Scottish Certificate of Education, 1963
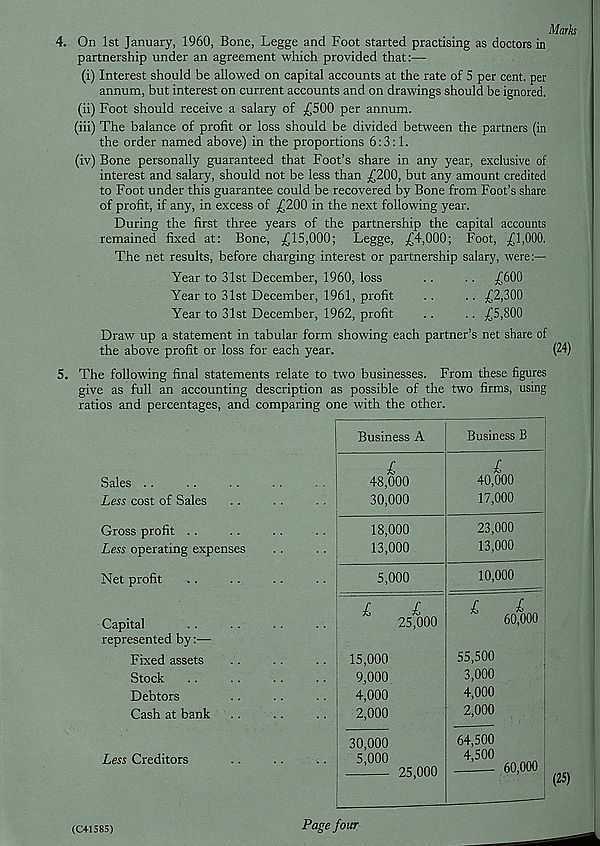
Marks
4. On 1st January, 1960, Bone, Legge and Foot started practising as doctors in
partnership under an agreement which provided that:—
(i) Interest should be allowed on capital accounts at the rate of 5 per cent, per
annum, but interest on current accounts and on drawings should be ignored.
(ii) Foot should receive a salary of ,6500 per annum.
(iii) The balance of profit or loss should be divided between the partners (in
the order named above) in the proportions 6:3:1.
(iv) Bone personally guaranteed that Foot’s share in any year, exclusive of
interest and salary, should not be less than ,£200, but any amount credited
to Foot under this guarantee could be recovered by Bone from Foot’s share
of profit, if any, in excess of ,£200 in the next following year.
During the first three years of the partnership the capital accounts
remained fixed at: Bone, ,£15,000; Legge, £4,000; Foot, £1,000.
The net results, before charging interest or partnership salary, were:—
Year to 31st December, 1960, loss
..
.. £600
Year to 31st December, 1961, profit
. .
.. £2,300
Year to 31st December, 1962, profit
..
.. £5,800
Draw up a statement in tabular form showing each partner’s net share of
the above profit or loss for each year.
(24)
5. The following final statements relate to two businesses. From these figures
give as full an accounting description as possible of the two firms, using
ratios and percentages, and comparing one with the other.
Sales ..
Less cost of Sales
Gross profit ..
Less operating expenses
Net profit
Capital
represented by:—
Fixed assets
Stock
Debtors
Cash at bank
Less Creditors
Business A
£
48,000
30,000
18,000
13,000
5,000
£
£
25,000
15,000
9,000
4,000
2,000
30,000
5,000
25,000
Business B
£
40,000
17,000
23,000
13,000
10,000
£
60,000
55.500
3,000
4,000
2,000
64.500
4,500
60,000
(25)
(C41585)
Page four